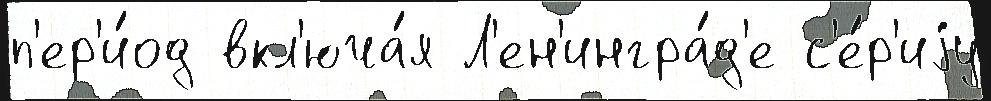
п'ер'и́од вкл'юча́я Л'ен'ингра́д'е с'е́р'иjу